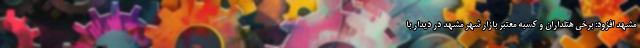
مشهد افزود: برخی هتلداران و کسبه معتبر بازار شهر مشهد در دیدار با